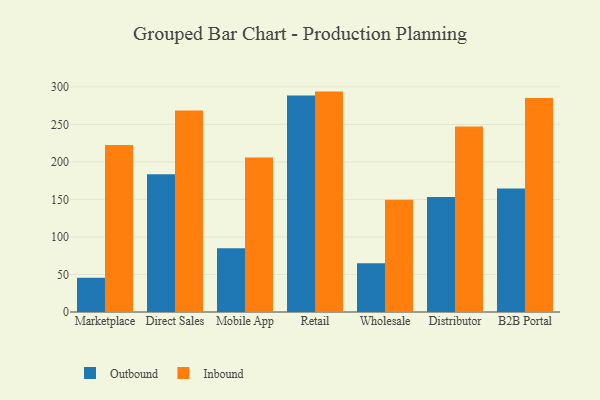
{"axis": {"x": "Channel", "y": "Gross Profit (USD K)"}, "legend": ["Inbound", "Outbound"], "data": [{"x": "Marketplace", "y": 45.6, "type": "Outbound"}, {"x": "Marketplace", "y": 222.7, "type": "Inbound"}, {"x": "Direct Sales", "y": 183.4, "type": "Outbound"}, {"x": "Direct Sales", "y": 268.6, "type": "Inbound"}, {"x": "Mobile App", "y": 85.0, "type": "Outbound"}, {"x": "Mobile App", "y": 205.8, "type": "Inbound"}, {"x": "Retail", "y": 288.4, "type": "Outbound"}, {"x": "Retail", "y": 293.7, "type": "Inbound"}, {"x": "Wholesale", "y": 64.8, "type": "Outbound"}, {"x": "Wholesale", "y": 149.7, "type": "Inbound"}, {"x": "Distributor", "y": 153.2, "type": "Outbound"}, {"x": "Distributor", "y": 247.2, "type": "Inbound"}, {"x": "B2B Portal", "y": 164.6, "type": "Outbound"}, {"x": "B2B Portal", "y": 285.3, "type": "Inbound"}]}